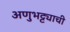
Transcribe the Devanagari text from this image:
अणुभट्ट्याची